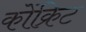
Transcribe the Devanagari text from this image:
कोंक्रिट